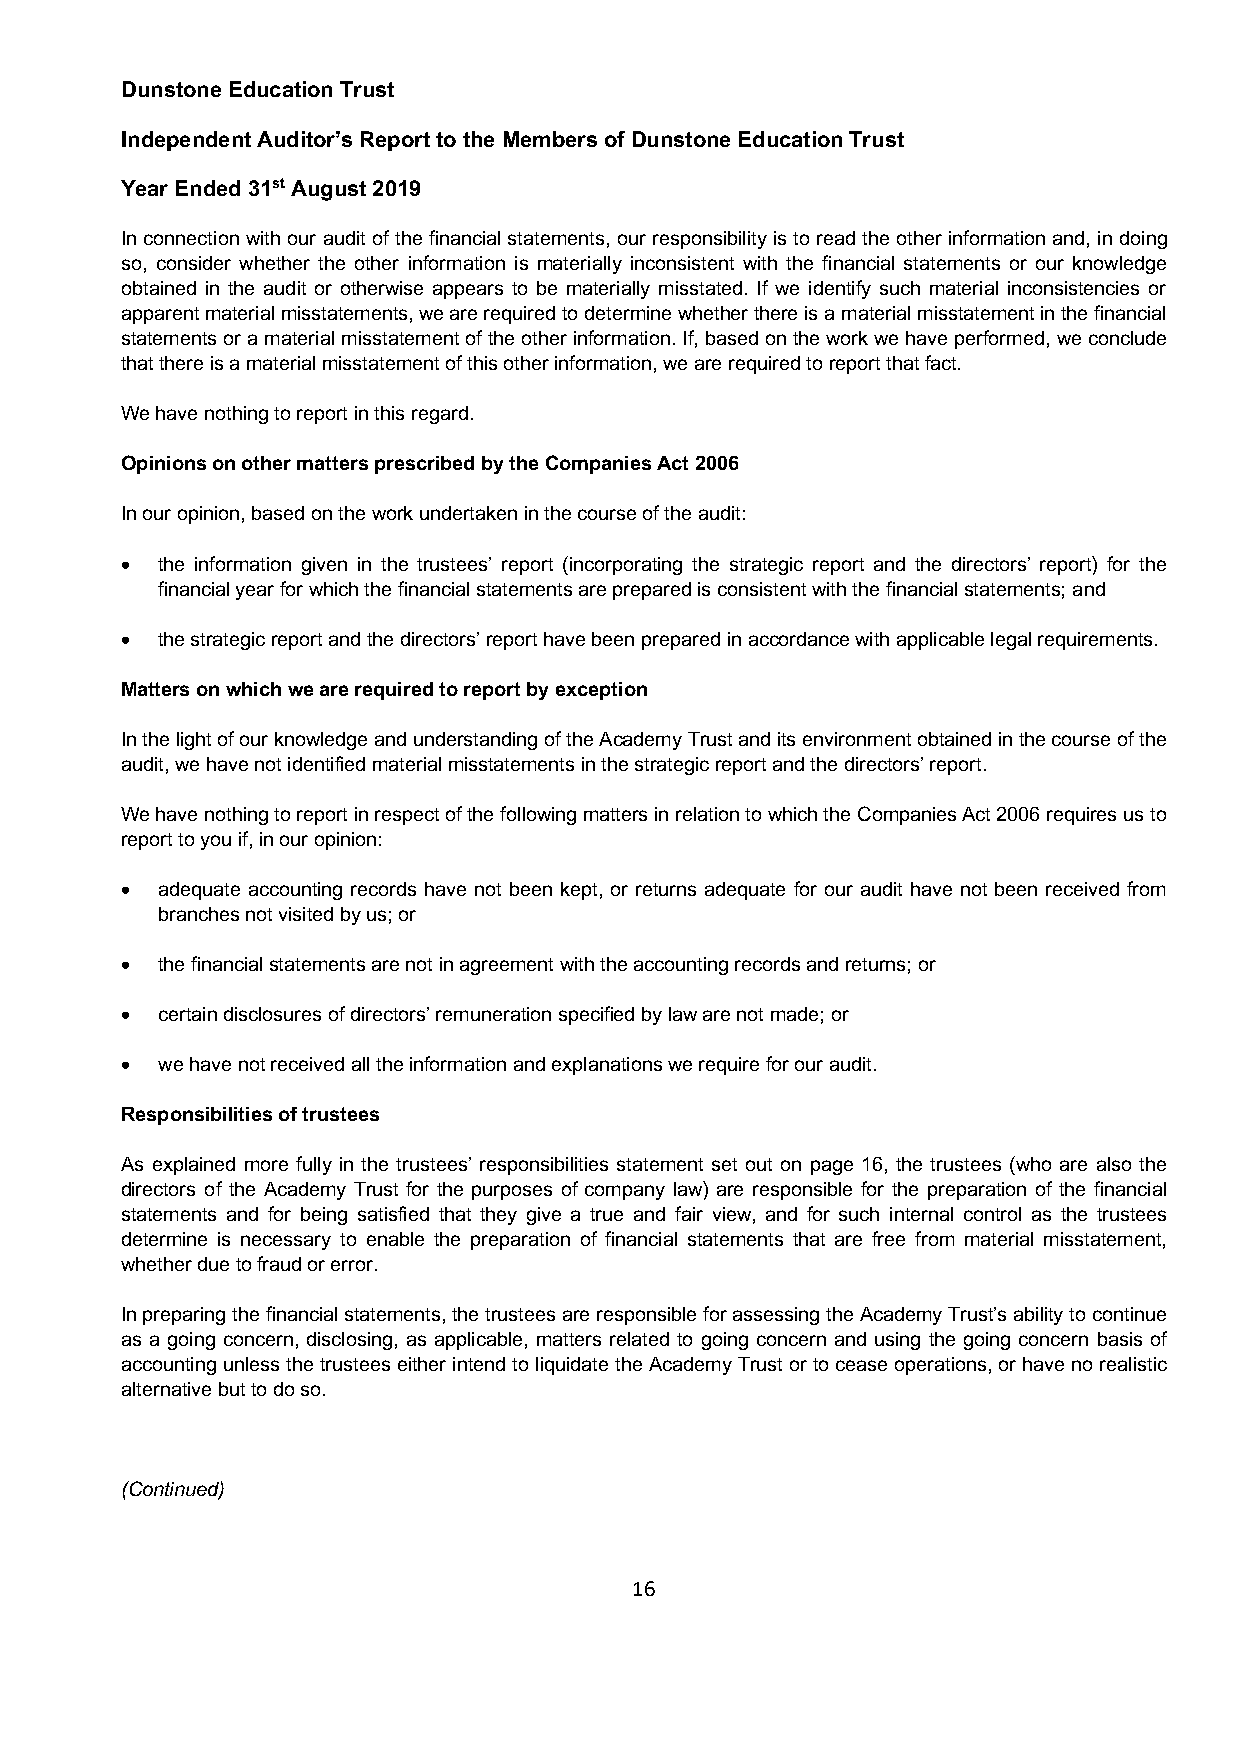
Dunstone Education Trust
 Independent Auditor’s Report to the Members of Dunstone Education Trust
 Year Ended 31st August 2019
 In connection with our audit of the financial statements, our responsibility is to read the other information and, in doing
 so, consider whether the other information is materially inconsistent with the financial statements or our knowledge
 obtained in the audit or otherwise appears to be materially misstated. If we identify such material inconsistencies or
 apparent material misstatements, we are required to determine whether there is a material misstatement in the financial
 statements or a material misstatement of the other information. If, based on the work we have performed, we conclude
 that there is a material misstatement of this other information, we are required to report that fact.
 We have nothing to report in this regard.
 Opinions on other matters prescribed by the Companies Act 2006
 In our opinion, based on the work undertaken in the course of the audit:
 • the information given in the trustees’ report (incorporating the strategic report and the directors’ report) for the
 financial year for which the financial statements are prepared is consistent with the financial statements; and
 • the strategic report and the directors’ report have been prepared in accordance with applicable legal requirements.
 Matters on which we are required to report by exception
 In the light of our knowledge and understanding of the Academy Trust and its environment obtained in the course of the
 audit, we have not identified material misstatements in the strategic report and the directors’ report.
 We have nothing to report in respect of the following matters in relation to which the Companies Act 2006 requires us to
 report to you if, in our opinion:
 • adequate accounting records have not been kept, or returns adequate for our audit have not been received from
 branches not visited by us; or
 • the financial statements are not in agreement with the accounting records and returns; or
 • certain disclosures of directors’ remuneration specified by law are not made; or
 • we have not received all the information and explanations we require for our audit.
 Responsibilities of trustees
 As explained more fully in the trustees’ responsibilities statement set out on page 16, the trustees (who are also the
 directors of the Academy Trust for the purposes of company law) are responsible for the preparation of the financial
 statements and for being satisfied that they give a true and fair view, and for such internal control as the trustees
 determine is necessary to enable the preparation of financial statements that are free from material misstatement,
 whether due to fraud or error.
 In preparing the financial statements, the trustees are responsible for assessing the Academy Trust’s ability to continue
 as a going concern, disclosing, as applicable, matters related to going concern and using the going concern basis of
 accounting unless the trustees either intend to liquidate the Academy Trust or to cease operations, or have no realistic
 alternative but to do so.
 (Continued)
 16